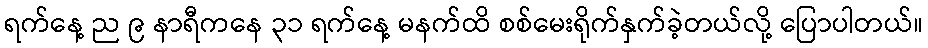
ရက်နေ့ ည ၉ နာရီကနေ ၃၁ ရက်နေ့ မနက်ထိ စစ်မေးရိုက်နှက်ခဲ့တယ်လို့ ပြောပါတယ်။